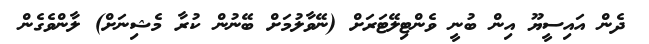
ދެން އައިސީޔޫ އިން ބުނީ ވެންޓިލޭޓަރަށް (ނޭވާލުމަށް ބޭނުން ކުރާ މެޝިނަށް) ލާންވެގެން